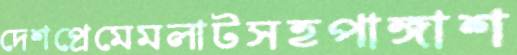
দেশপ্রেমেমলাটসহপাঙ্গাশ